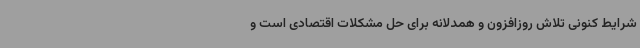
شرایط کنونی تلاش روزافزون و همدلانه برای حل مشکلات اقتصادی است و